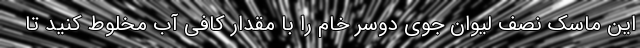
این ماسک نصف لیوان جوی دوسر خام را با مقدار کافی آب مخلوط کنید تا